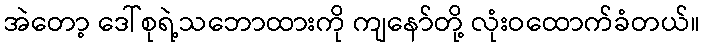
အဲတော့ ဒေါ်စုရဲ့သဘောထားကို ကျနော်တို့ လုံးဝထောက်ခံတယ်။